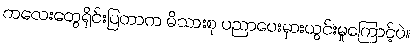
ကလေးတွေရိုင်းပြတာက မိသားစု ပညာပေးမှားယွင်းမှုကြောင့်ပဲ။